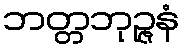
ဘတ္တဘုဉ္ဇနံ